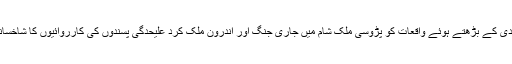
ترکی میں دہشتگردی کے بڑھتے ہوئے واقعات کو پڑوسی ملک شام میں جاری جنگ اور اندرون ملک کرد علیحدگی پسندوں کی کارروائیوں کا شاخسانہ سمجھا جاتا ہے۔